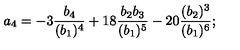
a _ { 4 } = - 3 { \frac { b _ { 4 } } { ( b _ { 1 } ) ^ { 4 } } } + 1 8 { \frac { b _ { 2 } b _ { 3 } } { ( b _ { 1 } ) ^ { 5 } } } - 2 0 { \frac { ( b _ { 2 } ) ^ { 3 } } { ( b _ { 1 } ) ^ { 6 } } } ;